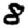
Digit: 8